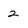
Character: 2